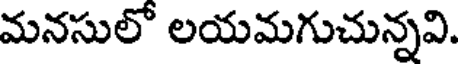
మనసులో లయమగుచున్నవి.